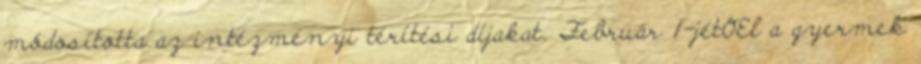
módosította az intézményi térítési díjakat. Február 1-jétŒl a gyermek